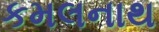
કમલનાથ